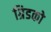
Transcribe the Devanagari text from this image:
ग्रिडको